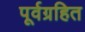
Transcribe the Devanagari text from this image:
पूर्वग्रहित